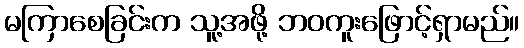
မကြာစေခြင်းက သူ့အဖို့ ဘဝကူးဖြောင့်ရှာမည်။